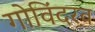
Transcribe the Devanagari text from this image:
गोविंदरव